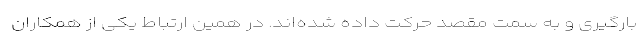
بارگیری و به سمت مقصد حرکت داده شده‌اند. در همین ارتباط یکی از همکاران